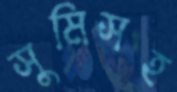
সুমিসহ